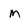
Character: M